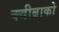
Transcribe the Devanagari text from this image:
क्वीब्राको